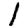
Digit: 1